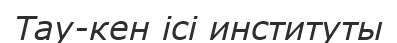
Тау-кен ісі институты